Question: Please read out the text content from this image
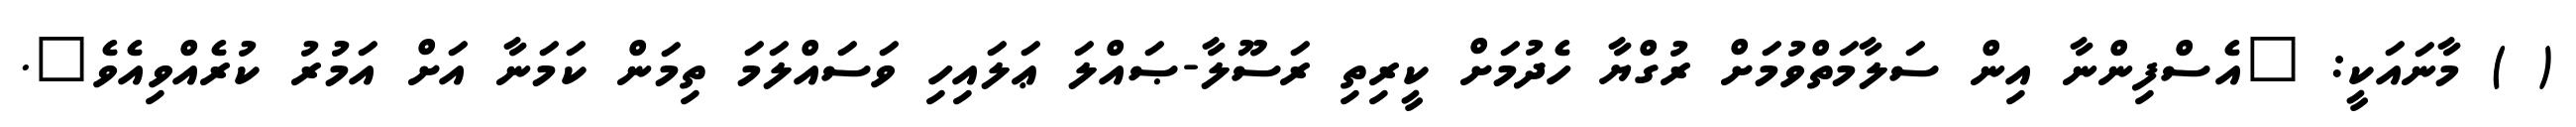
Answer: ( ) މާނައަކީ: "އެސްފިންނާ އިން ސަލާމަތްވުމަށް ރުގްޔާ ހެދުމަށް ކީރިތި ރަސޫލާ-ޞައްލަ ޢަލައިހި ވަސައްލަމަ ތިމަން ކަމަނާ އަށް އަމުރު ކުރެއްވިއެވެ".